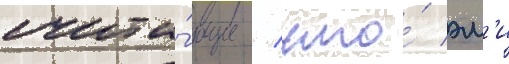
счита́ющие / что́ эм'и